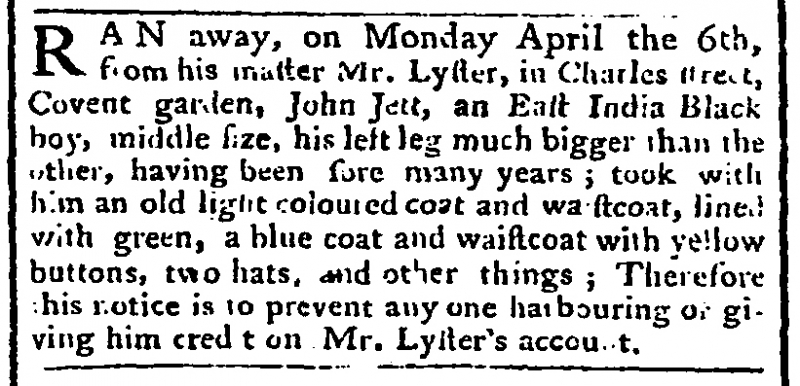
Morning Chronicle and London Advertiser, 14 April 1773 (England)
RAN away, on Monday April the 6th, from his master Mr. Lyster, in Charles street, Covent garden, John Jett, an East India Black boy, middle size, his left leg much bigger than the other, having been sore many years; took with him an old light coloured coat and waistcoat, lined with green, a blue coat and waistcoat with yellow buttons, two hats, and other things; Therefore this notice is to prevent any one harbouring or giving him credit on Mr. Lyster’s account.